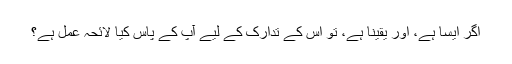
اگر ایسا ہے، اور یقیناً ہے، تو اس کے تدارک کے لیے آپ کے پاس کیا لائحہ عمل ہے؟